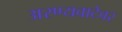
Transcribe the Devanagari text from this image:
अरण्यवाटेवर